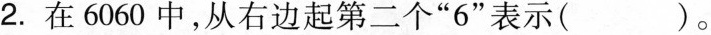
2.在6060中，从右边起第二个”6”表示( )。